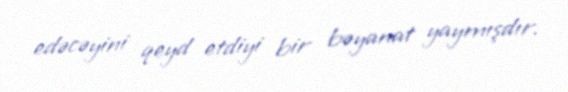
edəcəyini qeyd etdiyi bir bəyanat yaymışdır.